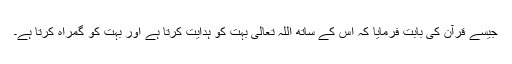
جیسے قرآن کی بابت فرمایا کہ اس کے ساتھ اللہ تعالیٰ بہت کو ہدایت کرتا ہے اور بہت کو گمراہ کرتا ہے۔